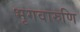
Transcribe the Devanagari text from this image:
भृगवारुणि